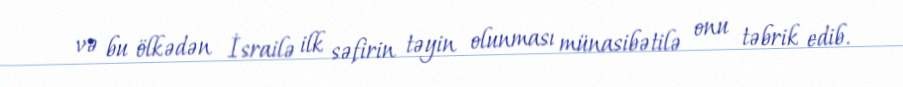
və bu ölkədən İsrailə ilk səfirin təyin olunması münasibətilə onu təbrik edib.